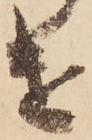
け